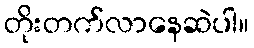
တိုးတက်လာနေဆဲပါ။